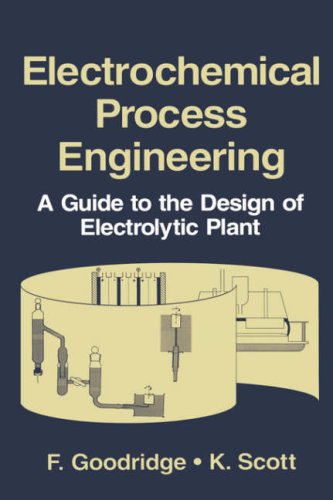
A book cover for Electrochemical Process Engineering: A Guide to the Design of Electrolytic Plant; F. Goodridge; Engineering & Transportation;